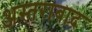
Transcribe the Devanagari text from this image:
अस्तराबाद